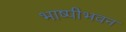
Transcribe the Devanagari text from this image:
भाष्पीभवन